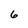
Character: 6